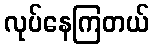
လုပ်နေကြတယ်